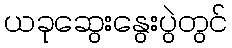
ယခုဆွေးနွေးပွဲတွင်